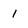
Character: 1